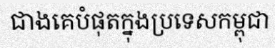
ជាងគេបំផុតក្នុងប្រទេសកម្ពុជា